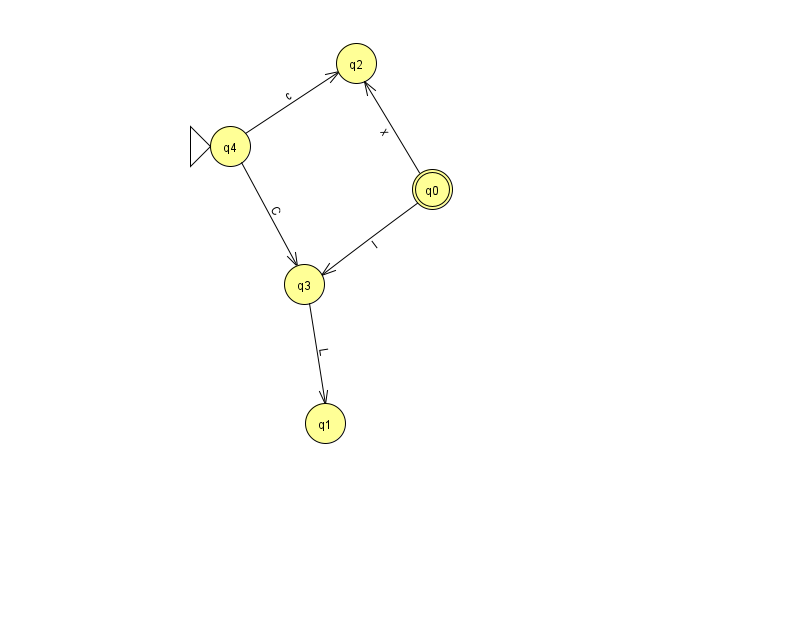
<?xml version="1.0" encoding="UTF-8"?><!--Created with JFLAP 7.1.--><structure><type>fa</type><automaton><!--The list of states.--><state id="0" name="q0"><x>432.0</x><y>176.0</y><final/></state><state id="1" name="q1"><x>325.0</x><y>410.0</y></state><state id="2" name="q2"><x>356.0</x><y>50.0</y></state><state id="3" name="q3"><x>304.0</x><y>271.0</y></state><state id="4" name="q4"><x>230.0</x><y>133.0</y><initial/></state><!--The list of transitions.--><transition><from>4</from><to>3</to><read>C</read></transition><transition><from>4</from><to>2</to><read>c</read></transition><transition><from>0</from><to>2</to><read>x</read></transition><transition><from>3</from><to>1</to><read>L</read></transition><transition><from>0</from><to>3</to><read>l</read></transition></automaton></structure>